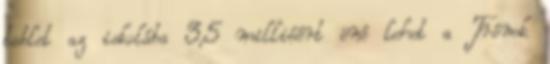
tablet az iskolába 3,5 millióért öné lehet a Trónok